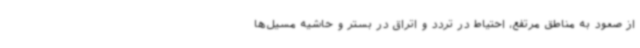
از صعود به مناطق مرتفع، احتیاط در تردد و اتراق در بستر و حاشیه مسیل‌ها